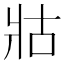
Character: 𭷃